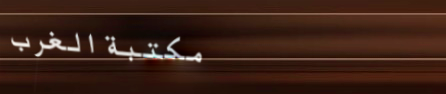
مكتبة الغرب